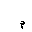
Letter: _mim